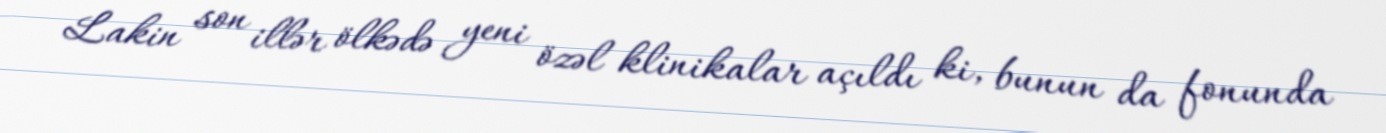
Lakin son illər ölkədə yeni özəl klinikalar açıldı ki, bunun da fonunda